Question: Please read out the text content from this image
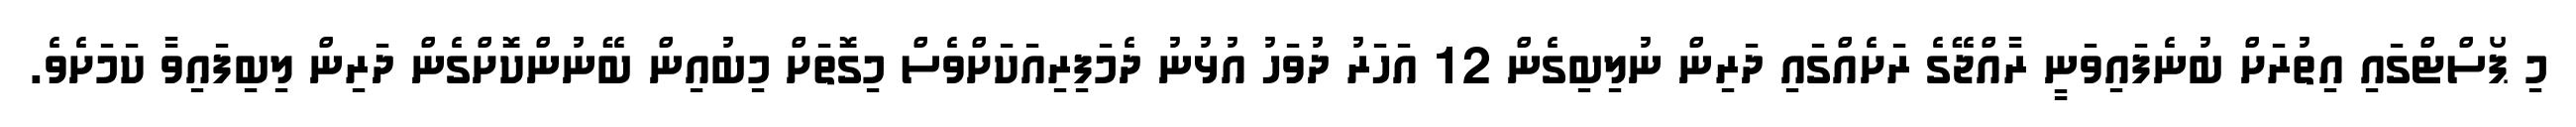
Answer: މި ޕޯސްޓްގައި އިތުރަށް ބުނެފައިވަނީ ރާއްޖޭގެ ރަށެއްގައި ދަރިން ނުލިބިގެން 12 އަހަރު ދުވަހު އުޅުނު ދެމަފިރިއަކަށްވެސް މިގޮތަށް މިބުއިން ބޭނުންކޮށްގެން ދަރިން ލިބިފައިވާ ކަމަށެވެ.